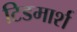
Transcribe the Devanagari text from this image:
टिडमार्श